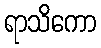
ရာသိကော